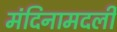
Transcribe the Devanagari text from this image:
मंदिनामदली